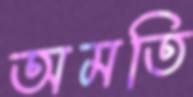
অমতি